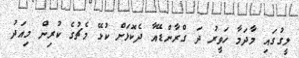
ލީގުގައި މާދަމާ ހަވީރު ދަ ގްރާންޑޭއާ ދެކޮޅަށް ކުޅޭ މެޗުގެ ކުރިން މިއަދު